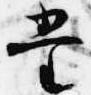
堂